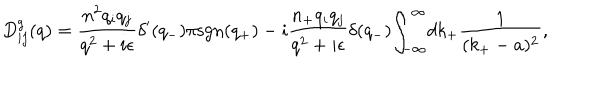
D _ { i j } ^ { g } ( q ) = \frac { n ^ { 2 } q _ { i } q _ { j } } { q ^ { 2 } + i { \epsilon } } { \delta } ^ { \prime } ( q _ { - } ) { \pi } \mathrm { s g n } ( q _ { + } ) - i \frac { n _ { + } q _ { i } q _ { j } } { q ^ { 2 } + i { \epsilon } } { \delta } ( q _ { - } ) { \int } _ { - \infty } ^ { \infty } d k _ { + } \frac { 1 } { ( k _ { + } - a ) ^ { 2 } } ,